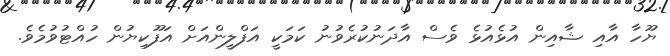
ޔޫހާ އާއި ޝާއިން އުޅެއުޅެ ވެސް އާދަނުކުރެވުނު ކަމަކީ އަފްލީންއަށް އަފޫކިޔުން ހުއްޓުވުމެވެ.